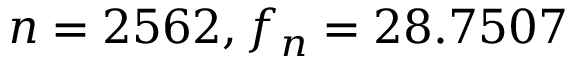
n = 2 5 6 2 , f _ { n } = 2 8 . 7 5 0 7